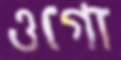
ওগো